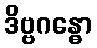
ဒိဗ္ဗဂန္ဓော